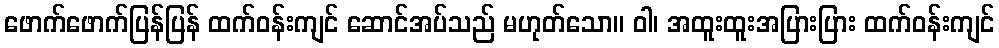
ဖောက်ဖောက်ပြန်ပြန် ထက်ဝန်းကျင် ဆောင်အပ်သည် မဟုတ်သော။ ဝါ၊ အထူးထူးအပြားပြား ထက်ဝန်းကျင်